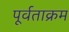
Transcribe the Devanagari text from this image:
पूर्वताक्रम